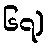
၆၇)